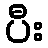
ပီး